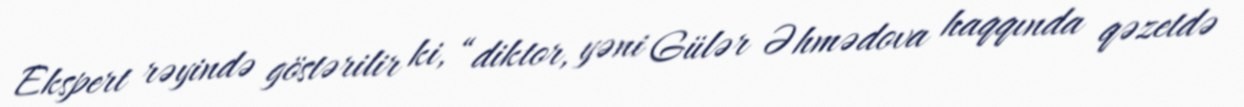
Ekspert rəyində göstərilir ki, “diktor, yəni Gülər Əhmədova haqqında qəzetdə